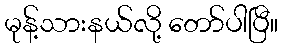
မုန့်သားနယ်လို့ တော်ပါပြီ။